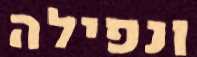
ונפילה